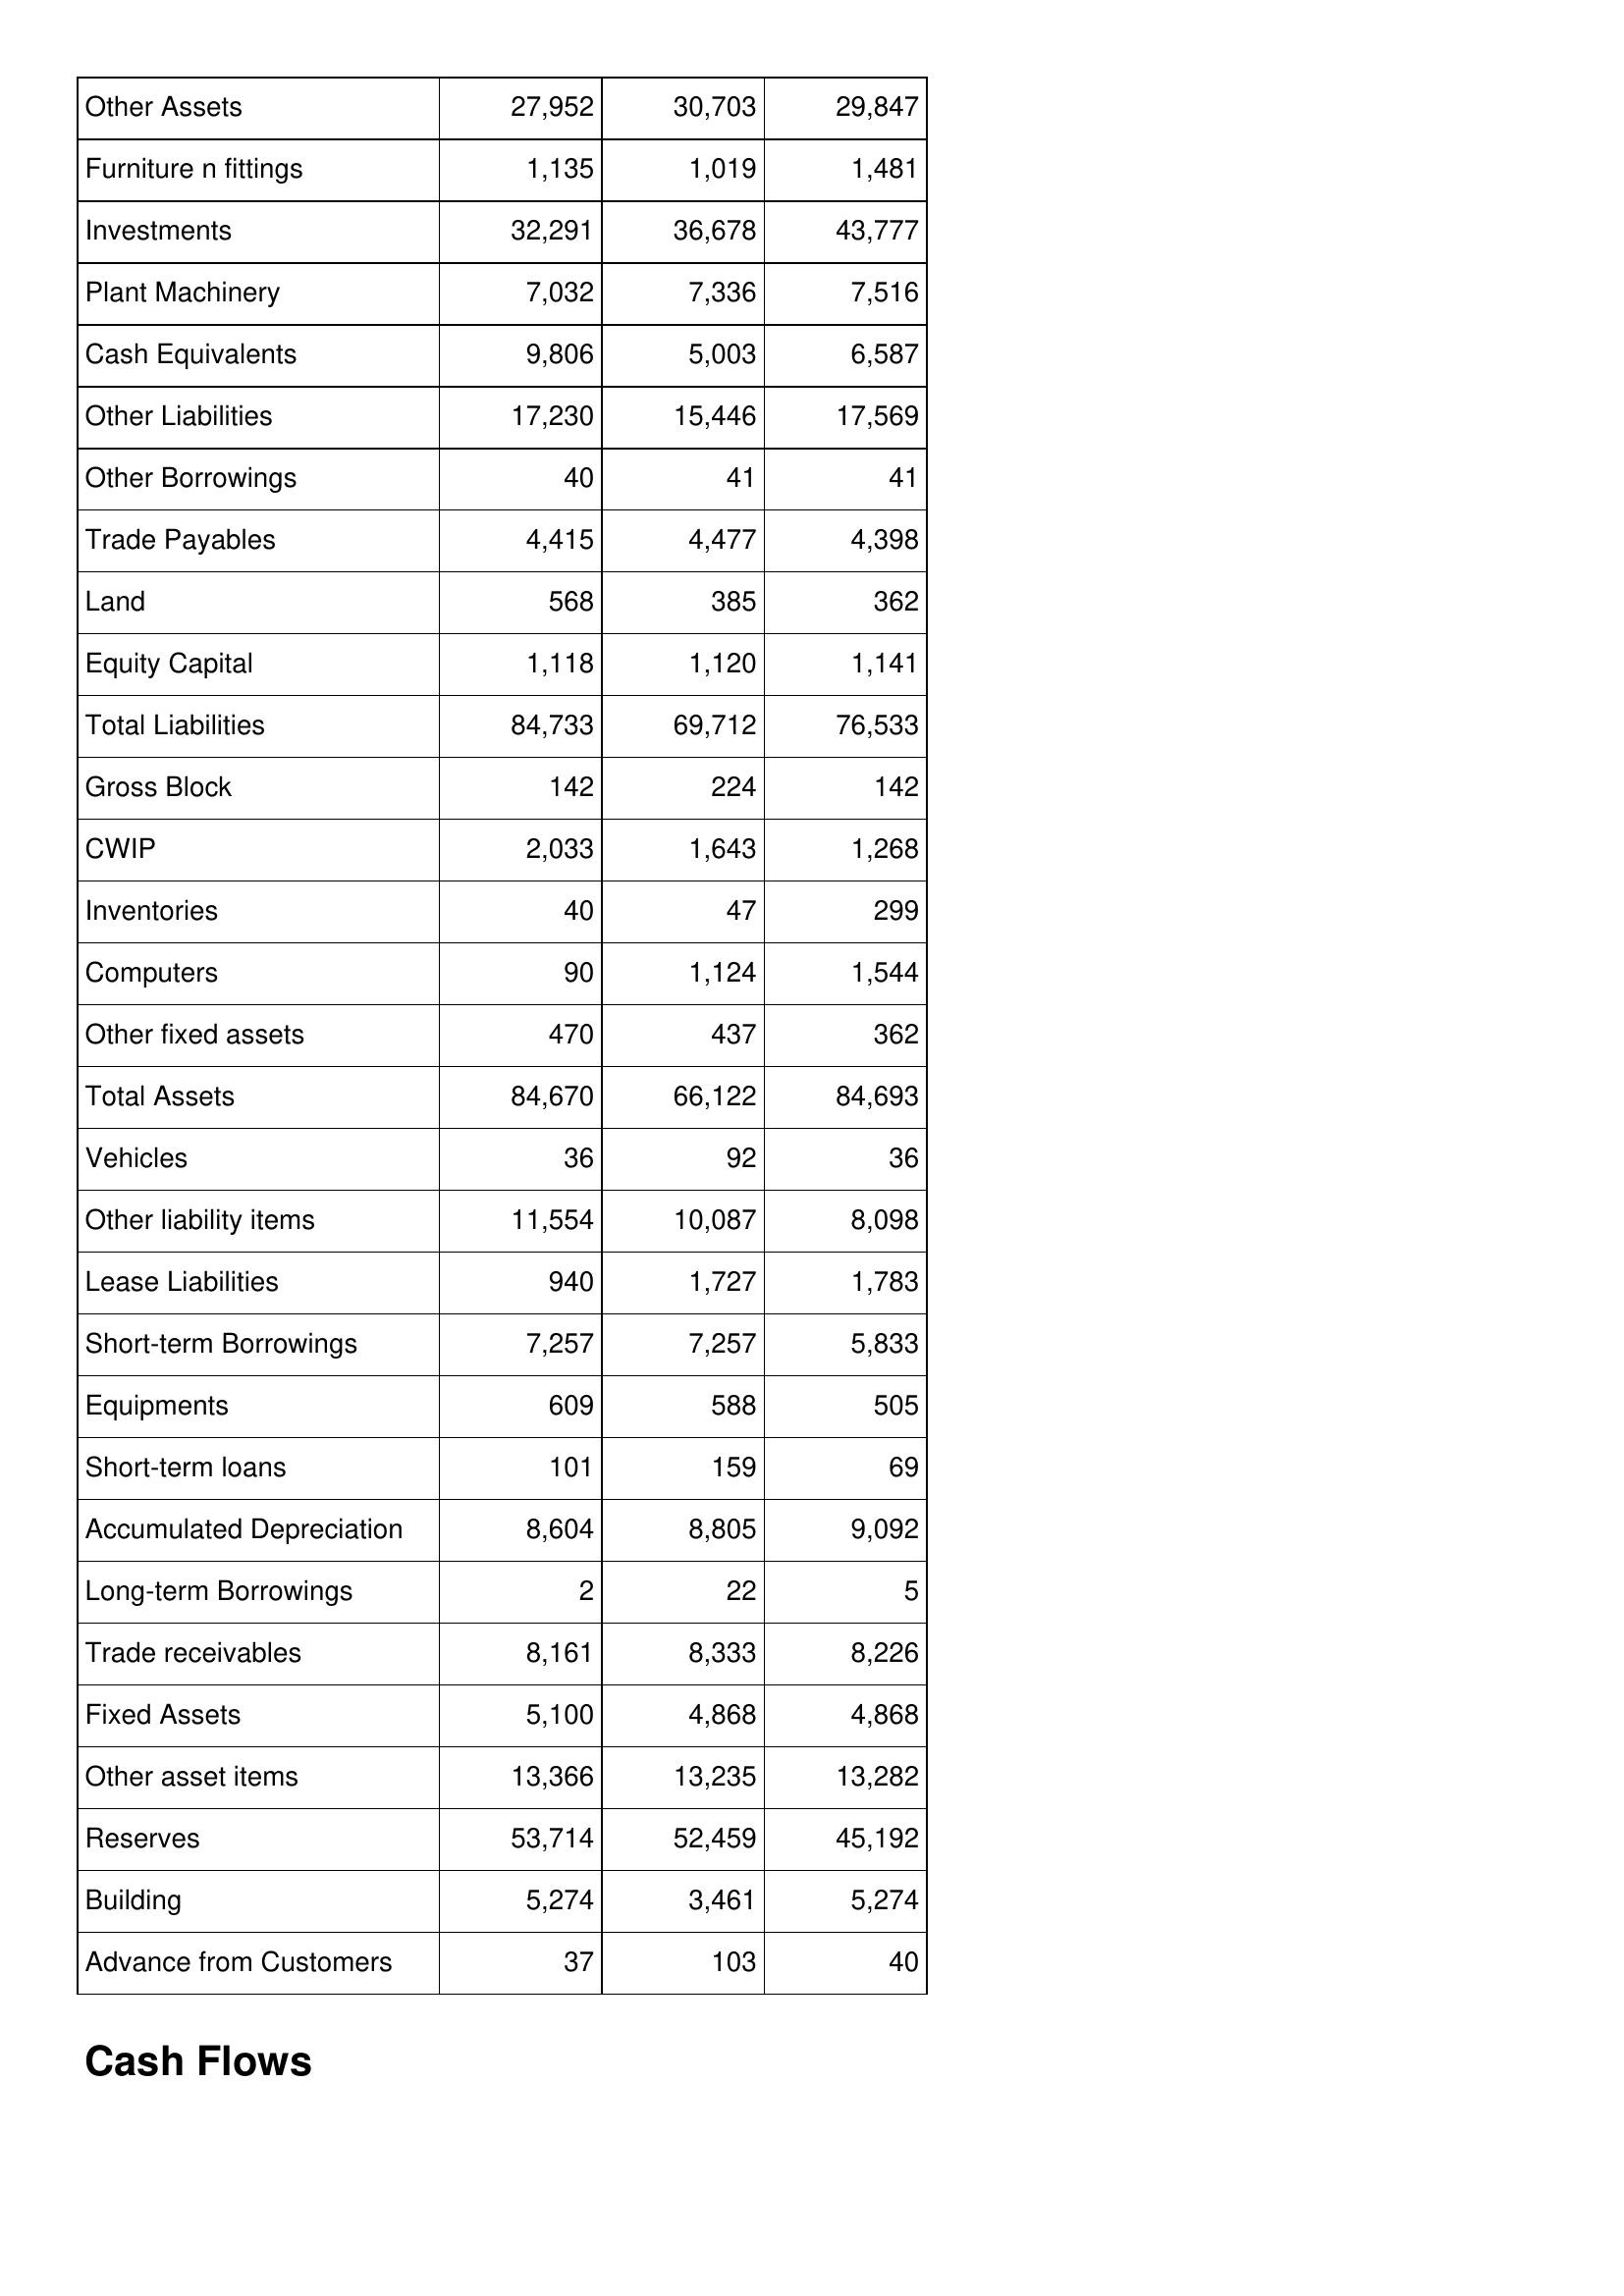
Jan-17: Balance Sheet: Other Assets: 27,952
Furniture n fittings: 1,135
Investments: 32,291
Plant Machinery: 7,032
Cash Equivalents: 9,806
Other Liabilities: 17,230
Other Borrowings: 40
Trade Payables: 4,415
Land: 568
Equity Capital: 1,118
Total Liabilities: 84,733
Gross Block: 142
CWIP: 2,033
Inventories: 40
Computers: 90
Other fixed assets: 470
Total Assets: 84,670
Vehicles: 36
Other liability items: 11,554
Lease Liabilities: 940
Short-term Borrowings: 7,257
Equipments: 609
Short-term loans: 101
Accumulated Depreciation: 8,604
Long-term Borrowings: 2
Trade receivables: 8,161
Fixed Assets: 5,100
Other asset items: 13,366
Reserves: 53,714
Building: 5,274
Advance from Customers: 37
Jan-18: Balance Sheet: Other Assets: 30,703
Furniture n fittings: 1,019
Investments: 36,678
Plant Machinery: 7,336
Cash Equivalents: 5,003
Other Liabilities: 15,446
Other Borrowings: 41
Trade Payables: 4,477
Land: 385
Equity Capital: 1,120
Total Liabilities: 69,712
Gross Block: 224
CWIP: 1,643
Inventories: 47
Computers: 1,124
Other fixed assets: 437
Total Assets: 66,122
Vehicles: 92
Other liability items: 10,087
Lease Liabilities: 1,727
Short-term Borrowings: 7,257
Equipments: 588
Short-term loans: 159
Accumulated Depreciation: 8,805
Long-term Borrowings: 22
Trade receivables: 8,333
Fixed Assets: 4,868
Other asset items: 13,235
Reserves: 52,459
Building: 3,461
Advance from Customers: 103
Jan-19: Balance Sheet: Other Assets: 29,847
Furniture n fittings: 1,481
Investments: 43,777
Plant Machinery: 7,516
Cash Equivalents: 6,587
Other Liabilities: 17,569
Other Borrowings: 41
Trade Payables: 4,398
Land: 362
Equity Capital: 1,141
Total Liabilities: 76,533
Gross Block: 142
CWIP: 1,268
Inventories: 299
Computers: 1,544
Other fixed assets: 362
Total Assets: 84,693
Vehicles: 36
Other liability items: 8,098
Lease Liabilities: 1,783
Short-term Borrowings: 5,833
Equipments: 505
Short-term loans: 69
Accumulated Depreciation: 9,092
Long-term Borrowings: 5
Trade receivables: 8,226
Fixed Assets: 4,868
Other asset items: 13,282
Reserves: 45,192
Building: 5,274
Advance from Customers: 40